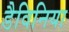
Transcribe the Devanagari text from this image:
डैविनिया